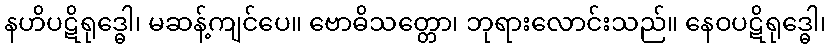
နဟိပဋိရုဒ္ဓေါ၊ မဆန့်ကျင်ပေ။ ဗောဓိသတ္တော၊ ဘုရားလောင်းသည်။ နေဝပဋိရုဒ္ဓေါ၊